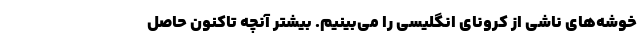
خوشه‌های ناشی از کرونای انگلیسی را می‌بینیم. بیشتر آنچه تاکنون حاصل